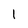
Character: 1